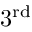
3 ^ { \mathrm { r d } }